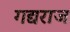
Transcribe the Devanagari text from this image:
गद्यराज